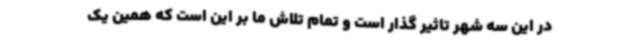
در این سه شهر تاثیر گذار است و تمام تلاش ما بر این است که همین یک